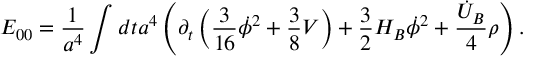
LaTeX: E _ { 0 0 } = \frac { 1 } { a ^ { 4 } } \int d t a ^ { 4 } \left( \partial _ { t } \left( \frac { 3 } { 1 6 } \dot { \phi } ^ { 2 } + \frac { 3 } { 8 } V \right) + \frac { 3 } { 2 } H _ { B } \dot { \phi } ^ { 2 } + \frac { \dot { U } _ { B } } { 4 } \rho \right) .